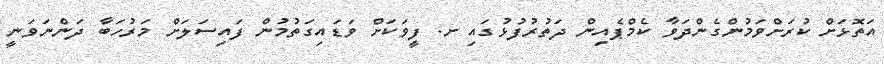
އަތޮޅަށް ކުރަށްވަމުންގެންދަވާ ކެމްޕެއިން ދަތުރުފުޅުގައި ށ. ފީވަކަށް ވަޑައިގަތުމުން ފައިސަލަށް މަރުހަބާ ދަންނަވަނީ